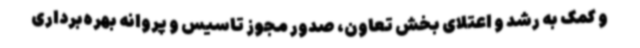
و کمک به رشد و اعتلای بخش تعاون، صدور مجوز تاسیس و پروانه بهره‌برداری